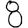
Digit: 8